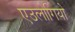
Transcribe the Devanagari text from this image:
एउलोगियो